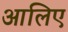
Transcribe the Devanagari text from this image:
आलिए